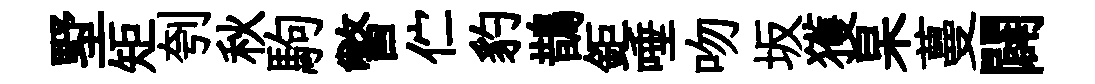
墅矩刳秋駒瞥伫豹鵲鉅唾吻坂獲杲蔓闢